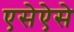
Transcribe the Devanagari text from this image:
एसेऐसे